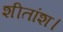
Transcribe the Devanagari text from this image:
शीतांश।